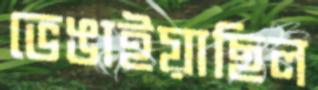
ভেঙাইয়াছিল